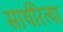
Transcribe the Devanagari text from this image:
सार्थरित्या